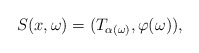
\begin{align*}S(x,\omega)=(T_{\alpha(\omega)},\varphi(\omega)),\end{align*}